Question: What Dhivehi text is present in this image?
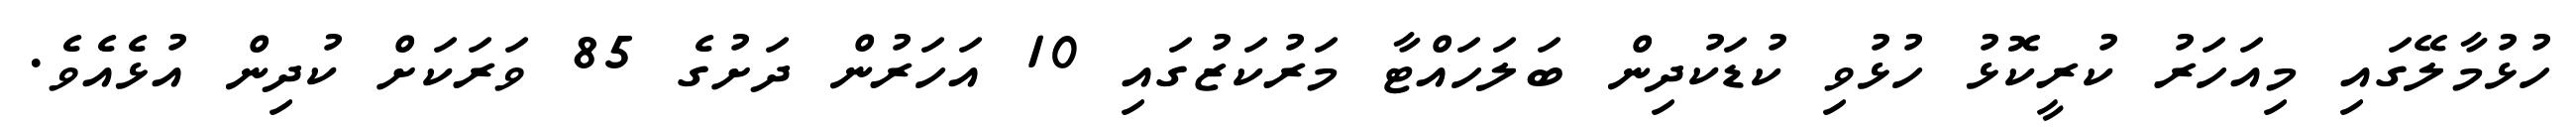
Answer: ހުޅުމާލޭގައި މިއަހަރު ކުރީކޮޅު ހުޅުވި ކުޑަކުދިން ބަލަހައްޓާ މަރުކަޒުގައި 10 އަހަރުން ދަށުގެ 85 ވަރަކަށް ކުދިން އުޅެއެވެ.